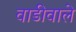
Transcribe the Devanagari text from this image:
वाडीवाले